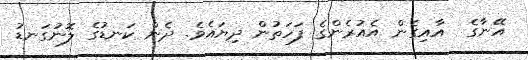
އޭނާގެ  އާއިގެން އެއުރެންގެ ފަހަތުން ދިޔައެވެ. ދެން ކަނޑުގެ ލޮނުގަނޑު